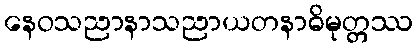
နေဝသညာနာသညာယတနာဓိမုတ္တဿ